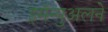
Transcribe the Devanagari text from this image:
इमॅन्युअलने